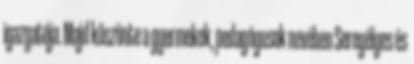
igazgatója. Majd köszönte a gyermekek, pedagógusok nevében Seregélyes és